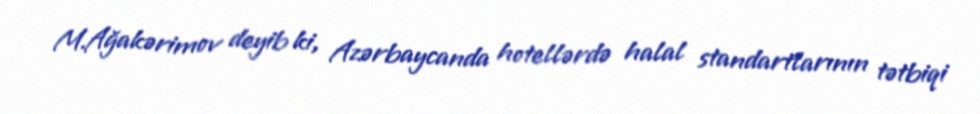
M.Ağakərimov deyib ki, Azərbaycanda hotellərdə halal standartlarının tətbiqi